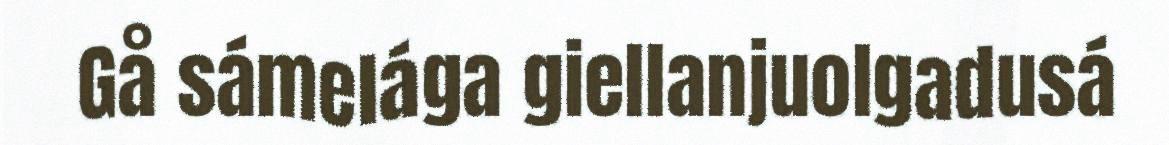
Gå sámelága giellanjuolgadusá